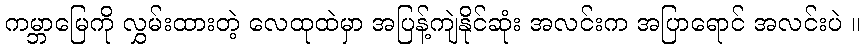
ကမ္ဘာမြေကို လွှမ်းထားတဲ့ လေထုထဲမှာ အပြန့်ကျဲနိုင်ဆုံး အလင်းက အပြာရောင် အလင်းပဲ ။